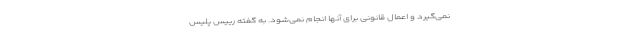
نمی‌گیرد و اعمال قانونی برای آنها انجام نمی‌شود. به گفته رییس پلیس